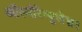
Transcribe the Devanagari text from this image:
ऑस्मोरेग्युलेशन